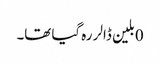
0بلین ڈالر رہ گیا تھا۔